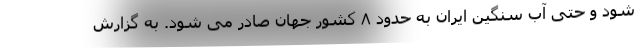
شود و حتی آب سنگین ایران به حدود ۸ کشور جهان صادر می شود. به گزارش